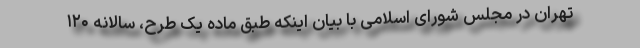
تهران در مجلس شورای اسلامی با بیان اینکه طبق ماده یک طرح، سالانه ۱۲۰